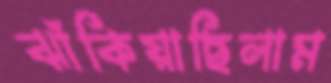
ঝাঁকিয়াছিলাম